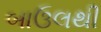
બાઉલથી